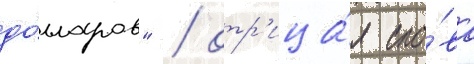
до́лларов" / отр'ица́я сло́ва